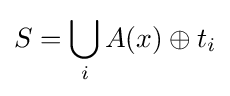
S=\bigcup _{i}A(x)\oplus t_{i}